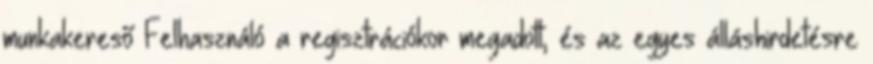
munkakereső Felhasználó a regisztrációkor megadott, és az egyes álláshirdetésre